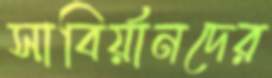
সাবির্য়ানদের